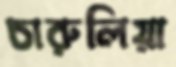
চারুলিয়া